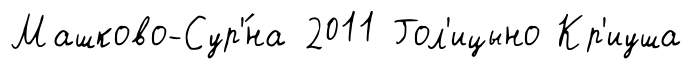
Машково-Сур'́на 2011 Гол'ицыно Кр'иуша